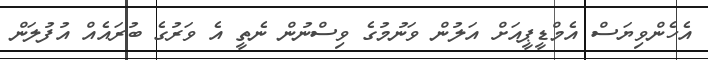
އެހެންވިޔަސް އެމްޑީޕީއަށް އަލުން ވަނުމުގެ ވިސްނުން ނެތީ އެ ވަރުގެ ބުރައެއް އުފުލަން